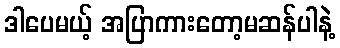
ဒါပေမယ့် အပြာကားတော့မဆန်ပါနဲ့